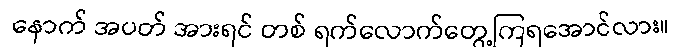
နောက် အပတ် အားရင် တစ် ရက်လောက်တွေ့ကြရအောင်လား။